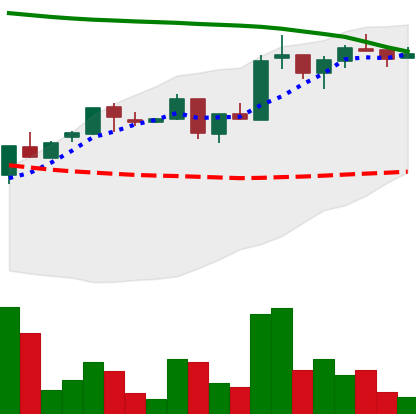
Ticker: ADA-USD
Chart end date: 2018-05-05
Forward return: -18.903%
Label: down_7plus